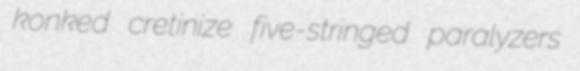
konked cretinize five-stringed paralyzers